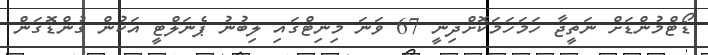
ޑޯޓްމުންޑަށް ނަތީޖާ ހަމަހަމަކޮށްދިނީ 67 ވަނަ މިނިޓްގައި ލިބުނު ޕެނަލްޓީ އަކުން ގުންޑޮގަން